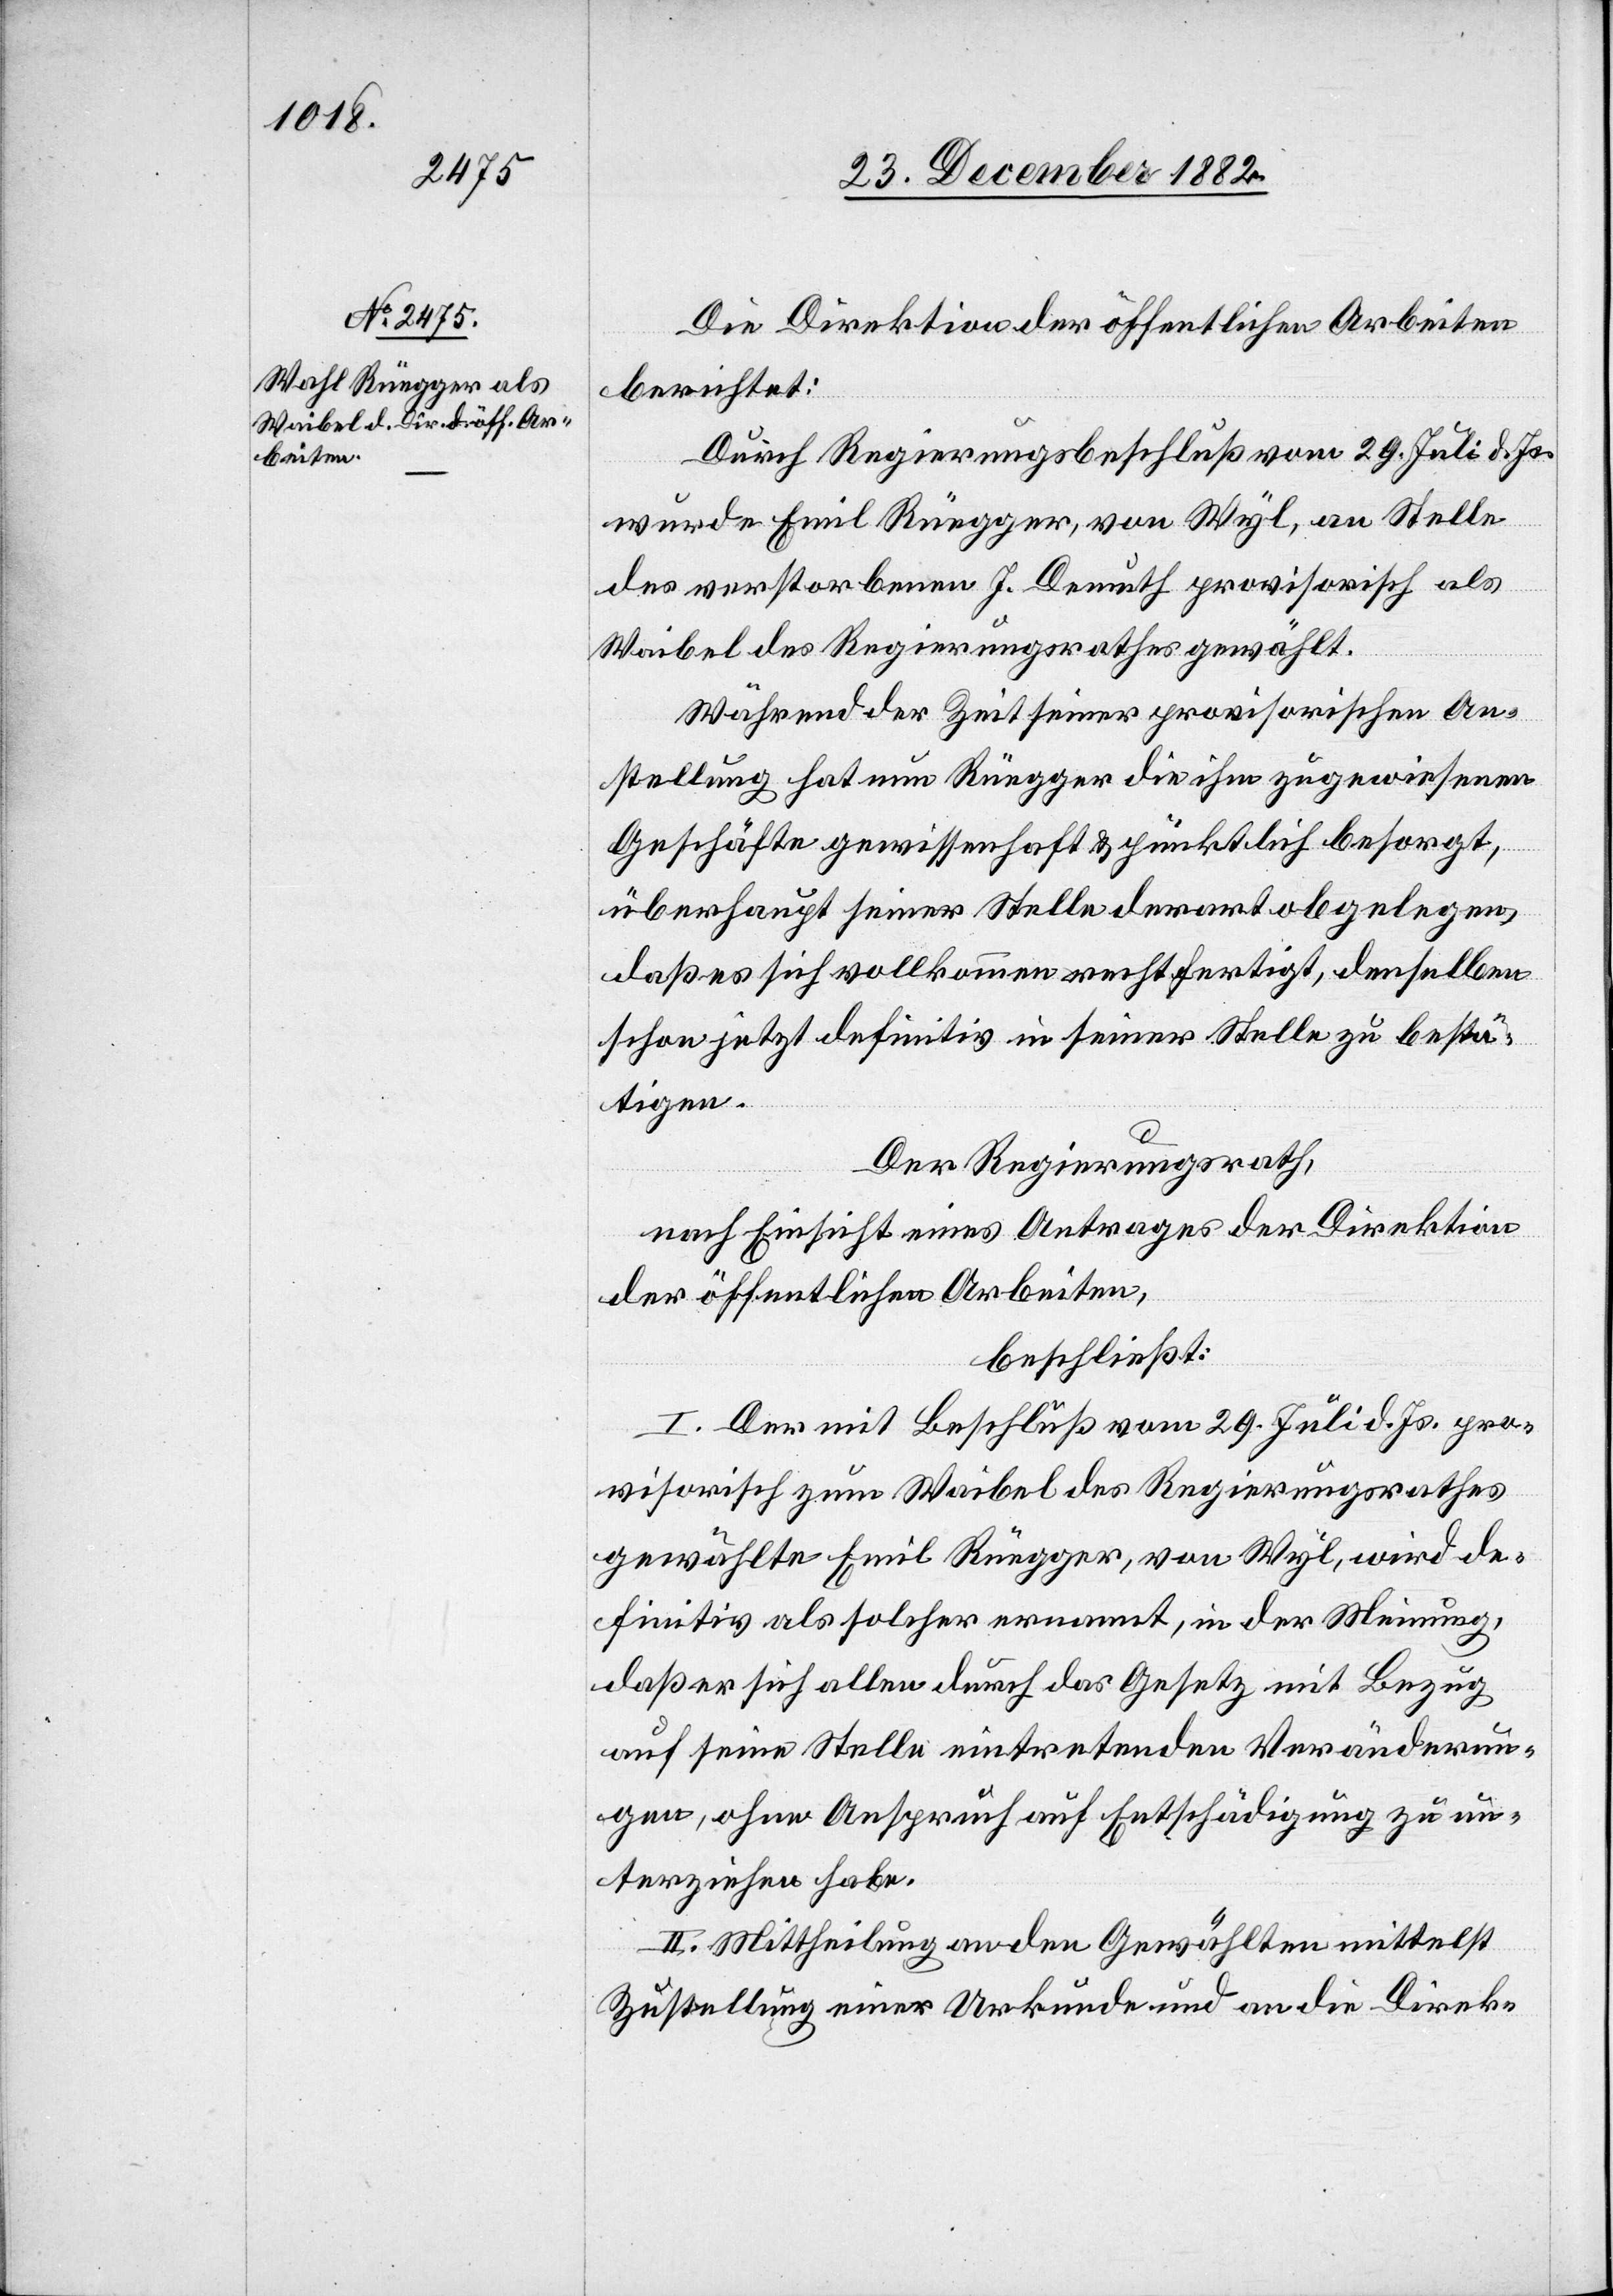
Die Direktion der öffentlichen Arbeiten
berichtet:
Durch Regierungsbeschluß vom 29. Juli d. Js.
wurde Emil Rüegger, von Wyl, an Stelle
des verstorbenen J. Demuth provisorisch als
Waibel des Regierungsrathes gewählt.
Während der Zeit seiner provisorischen An¬
stellung hat nun Rüegger die ihm zugewiesenen
Geschäfte gewissenhaft & pünktlich besorgt,
überhaupt seiner Stelle derart obgelegen,
daß es sich vollkommen rechtfertigt, denselben
schon jetzt definitiv in seiner Stelle zu bestä¬
tigen.
Der Regierungsrath,
nach Einsicht eines Antrages der Direktion
der öffentlichen Arbeiten,
beschließt:
I. Der mit Beschluß vom 29. Juli d. Js. pro¬
visorisch zum Waibel des Regierungsrathes
gewählte Emil Rüegger, von Wyl, wird de¬
finitiv als solcher ernannt, in der Meinung,
daß er sich allen durch das Gesetz mit Bezug
auf seine Stelle eintretenden Veränderun¬
gen, ohne Anspruch auf Entschädigung zu un¬
terziehen habe.
II. Mittheilung an den Gewählten mittelst
Zustellung einer Urkunde und an die Direk-